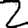
Digit: 2